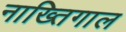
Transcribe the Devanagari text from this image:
नाख्तिगाल